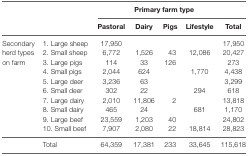
| <ROWSPAN=2-COLSPAN=2>  | <COLSPAN=5> Primary farm type |
 | Pastoral | Dairy | Pigs | Lifestyle | Total |
 | --- | --- | --- | --- | --- | --- | --- |
 | <ROWSPAN=10> Secondary herd types on farm | 1. Large sheep | 17,950 |  |  |  | 17,950 |
 | 2. Small sheep | 6,772 | 1,526 | 43 | 12,086 | 20,427 |
 | 3. Large pigs | 114 | 33 | 126 |  | 273 |
 | 4. Small pigs | 2,044 | 624 |  | 1,770 | 4,438 |
 | 5. Large deer | 3,236 | 63 |  |  | 3,299 |
 | 6. Small deer | 302 | 22 |  | 294 | 618 |
 | 7. Large dairy | 2,010 | 11,806 | 2 |  | 13,818 |
 | 8. Small dairy | 465 | 24 |  | 681 | 1,170 |
 | 9. Large beef | 23,559 | 1,203 | 40 |  | 24,802 |
 | 10. Small beef | 7,907 | 2,080 | 22 | 18,814 | 28,823 |
 |  | Total | 64,359 | 17,381 | 233 | 33,645 | 115,618 |